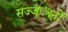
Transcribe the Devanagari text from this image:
सज्ज्ानों